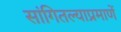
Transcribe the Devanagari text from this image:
सांगितल्याप्रमाणें